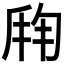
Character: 𬼍